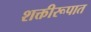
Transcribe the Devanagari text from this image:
शक्तीरूपात